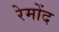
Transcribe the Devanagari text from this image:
रेमोंद